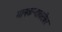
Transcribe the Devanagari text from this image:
मानकऱ्याबरोबर